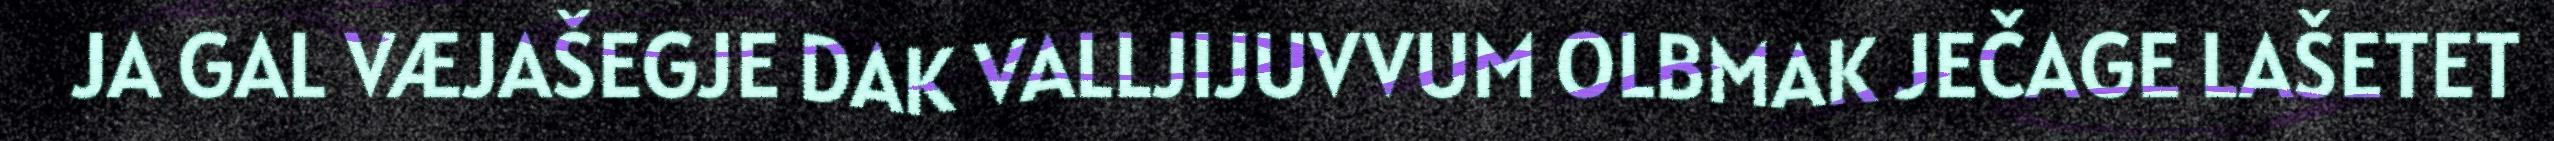
JA GAL VÆJAŠEGJE DAK VALLJIJUVVUM OLBMAK JEČAGE LAŠETET